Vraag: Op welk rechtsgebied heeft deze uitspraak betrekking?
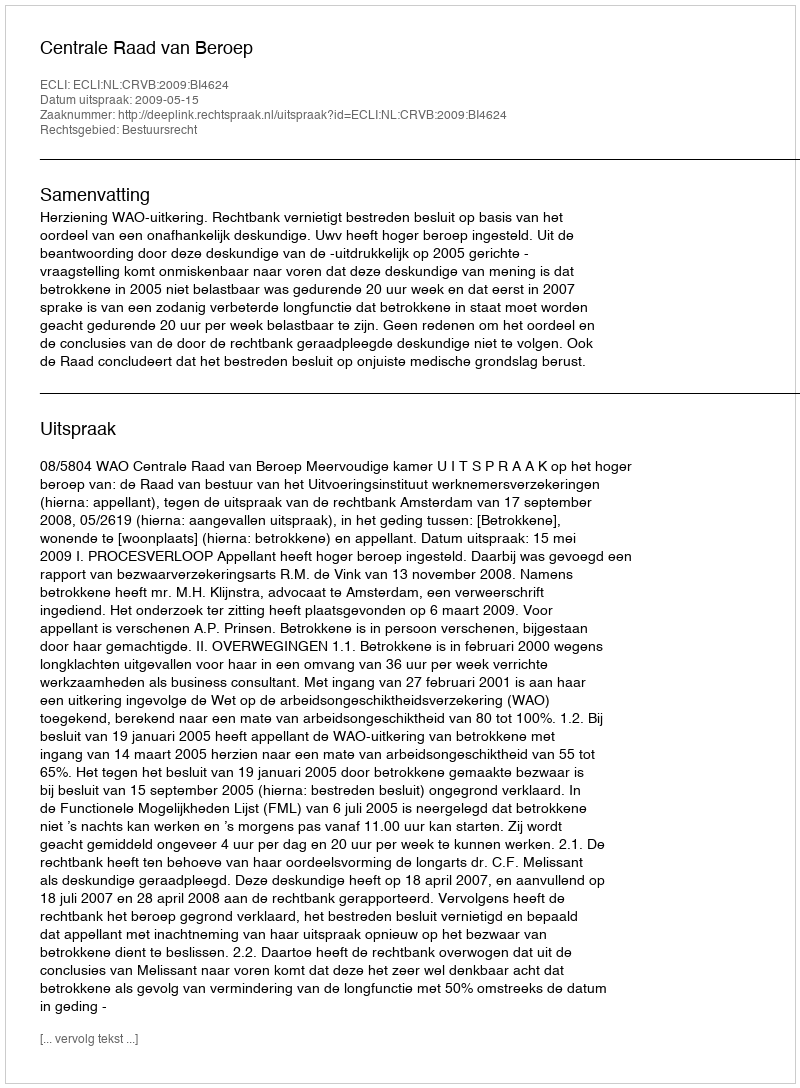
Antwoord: Bestuursrecht